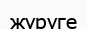
жүруге